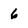
Character: 6